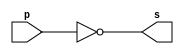
// ------------------------- 
// Exemplo0002 - NOT 
// Nome: Guilherme Moreira Nunes 
// ------------------------- 

// ------------------------- 
// -- not gate 
// ------------------------- 
module notgate (output s, input p); 
assign s = ~p; // criar vinculo permanente 
// (dependencia) 
endmodule // not 
// ------------------------- 
// -- test not gate 
// ------------------------- 
module testnotgate; 
// ------------------------- dados locais 
reg a; // definir registrador 
// (variavel independente) 
wire s; // definir conexao (fio) 
// (variavel dependente ) 
// ------------------------- instancia 
notgate NOT1 (s, a); 
// ------------------------- parte principal 
initial begin
// execucao unitaria 
$display("Exemplo 0002 - Guilherme Moreira Nunes - 408947"); 
$display("Test NOT gate:"); 
$display("\n~a = s\n"); 
a=0;
// execucao permanente 
#1 $display("~%b = %b", a, s); 
// apos uma unidade de tempo 
// mudar valor do registrador para 0 
a=1;
#1 $display("~%b = %b", a, s); 
// apos duas unidades de tempo  
end 
endmodule // testbuffer